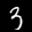
Label: 3